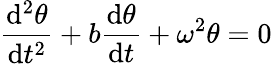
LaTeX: {\frac{\mathrm{d}^{2}\theta}{\mathrm{d}t^{2}}}+b{\frac{\mathrm{d}\theta}{\mathrm{d}t}}+\omega^{2}\theta=0